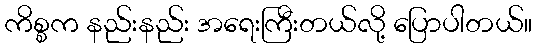
ကိစ္စက နည်းနည်း အရေးကြီးတယ်လို့ ပြောပါတယ်။